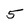
Character: 5